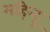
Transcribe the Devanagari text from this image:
महिन्द्रू